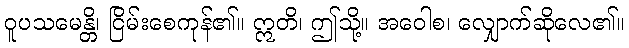
ဝူပသမေန္တိ၊ ငြိမ်းစေကုန်၏။ ဣတိ၊ ဤသို့။ အဝေါစ၊ လျှောက်ဆိုလေ၏။